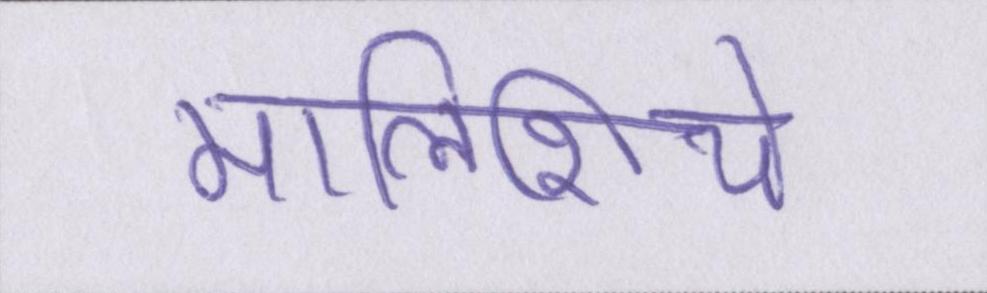
मालिशिये